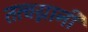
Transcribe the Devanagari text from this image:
तत्वग्नानी